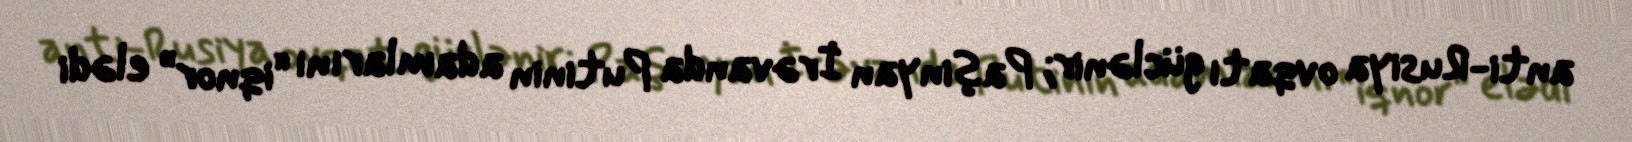
anti-Rusiya ovqatı güclənir; Paşinyan İrəvanda Putinin adamlarını “iqnor” elədi